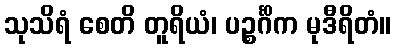
သုသိရံ စေတိ တူရိယံ၊ ပဉ္စင်္ဂိက မုဒီရိတံ။